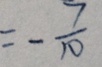
= - \frac { 7 } { 1 0 }